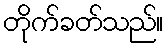
တိုက်ခတ်သည်။